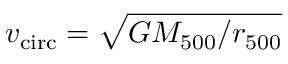
v _ { \mathrm { c i r c } } = \sqrt { G M _ { 5 0 0 } / r _ { 5 0 0 } }